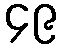
၄၉